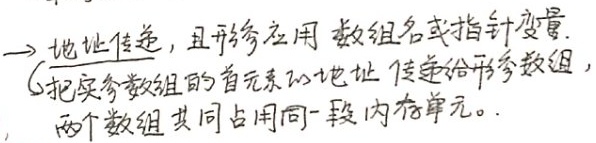
$\to$\text{地址传递，且形参应用数组名或指针变量.}

把实参数组的首元素的地址传递给形参数组，
两个数组共同占用同一段内存单元。